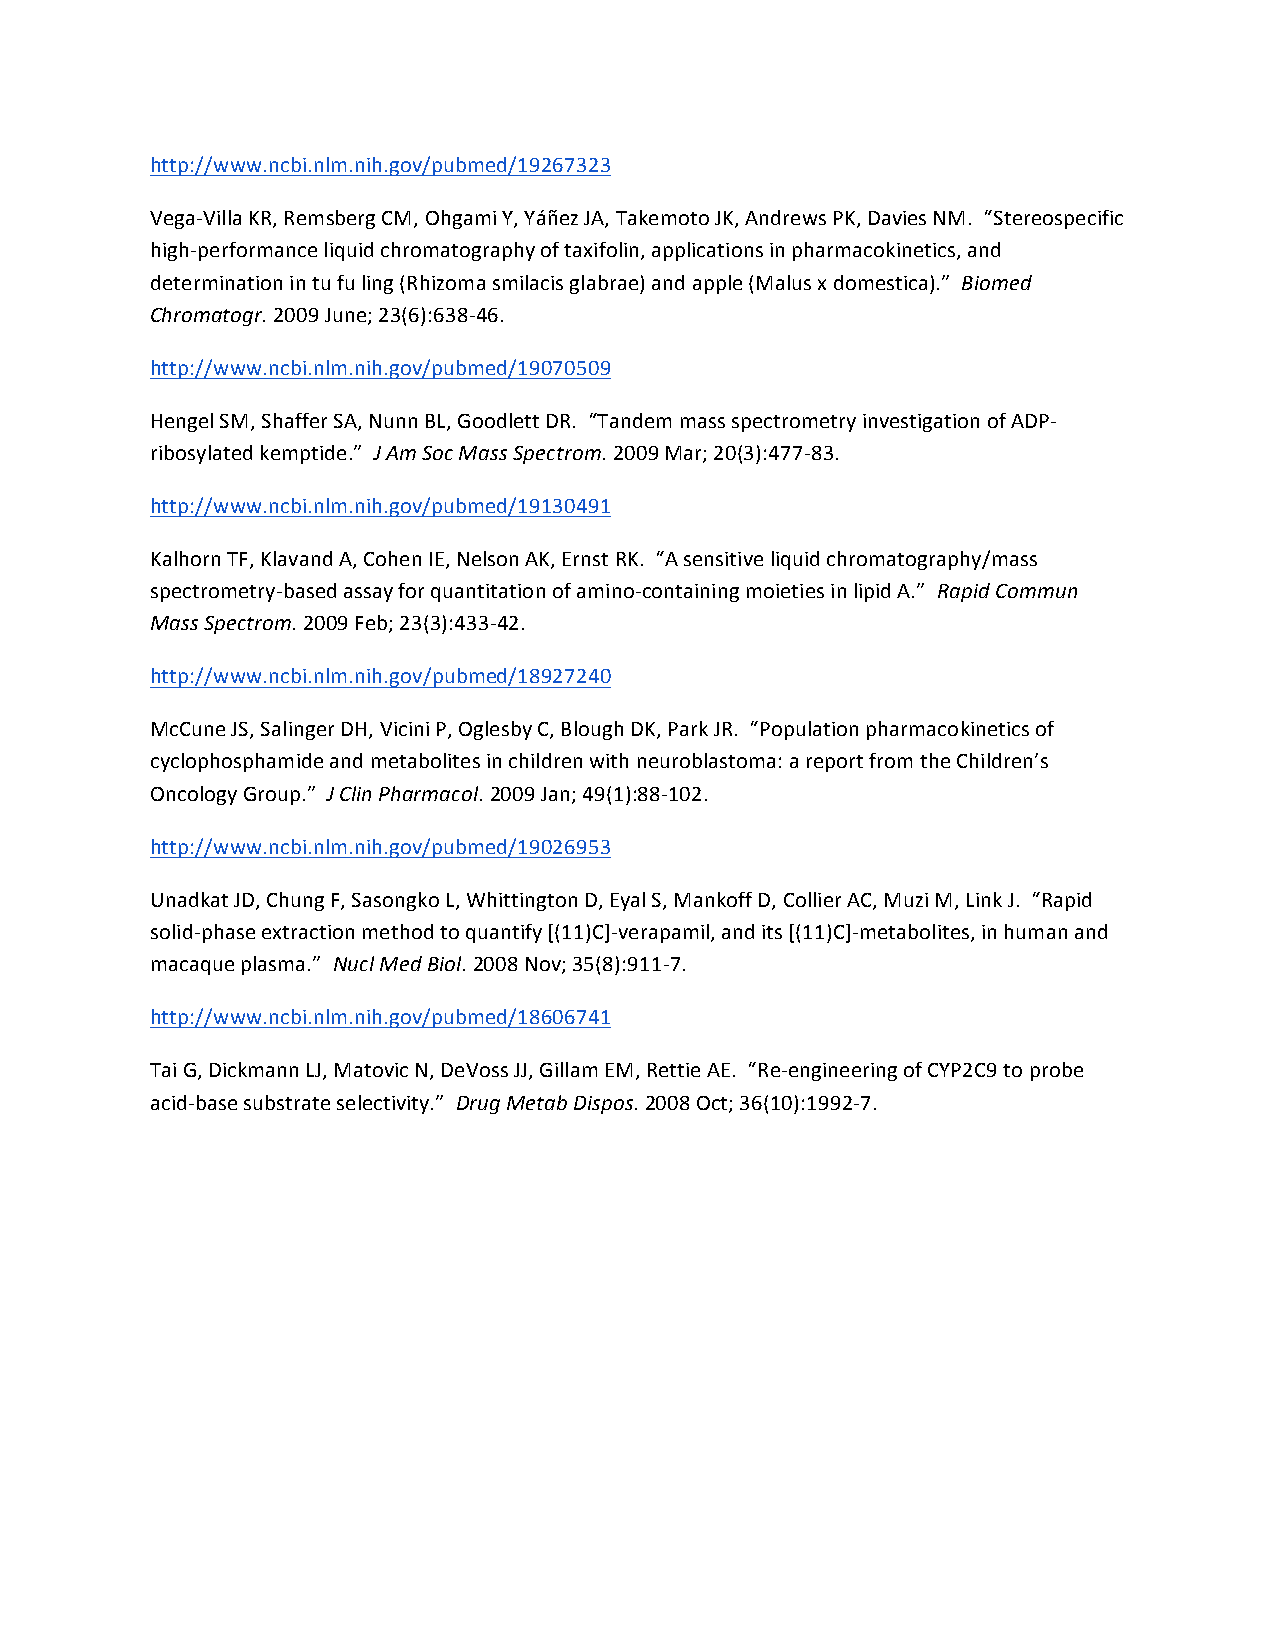
http://www.ncbi.nlm.nih.gov/pubmed/19267323
 Vega-­‐Villa KR, Remsberg CM, Ohgami Y, Yáñez JA, Takemoto JK, Andrews PK, Davies NM. “Stereospecific
 high-­‐performance liquid chromatography of taxifolin, applications in pharmacokinetics, and
 determination in tu fu ling (Rhizoma smilacis glabrae) and apple (Malus x domestica).” Biomed
 Chromatogr. 2009 June; 23(6):638-­‐46.
 http://www.ncbi.nlm.nih.gov/pubmed/19070509
 Hengel SM, Shaffer SA, Nunn BL, Goodlett DR. “Tandem mass spectrometry investigation of ADP-­‐
 ribosylated kemptide.” J Am Soc Mass Spectrom. 2009 Mar; 20(3):477-­‐83.
 http://www.ncbi.nlm.nih.gov/pubmed/19130491
 Kalhorn TF, Klavand A, Cohen IE, Nelson AK, Ernst RK. “A sensitive liquid chromatography/mass
 spectrometry-­‐based assay for quantitation of amino-­‐containing moieties in lipid A.” Rapid Commun
 Mass Spectrom. 2009 Feb; 23(3):433-­‐42.
 http://www.ncbi.nlm.nih.gov/pubmed/18927240
 McCune JS, Salinger DH, Vicini P, Oglesby C, Blough DK, Park JR. “Population pharmacokinetics of
 cyclophosphamide and metabolites in children with neuroblastoma: a report from the Children’s
 Oncology Group.” J Clin Pharmacol. 2009 Jan; 49(1):88-­‐102.
 http://www.ncbi.nlm.nih.gov/pubmed/19026953
 Unadkat JD, Chung F, Sasongko L, Whittington D, Eyal S, Mankoff D, Collier AC, Muzi M, Link J. “Rapid
 solid-­‐phase extraction method to quantify [(11)C]-­‐verapamil, and its [(11)C]-­‐metabolites, in human and
 macaque plasma.” Nucl Med Biol. 2008 Nov; 35(8):911-­‐7.
 http://www.ncbi.nlm.nih.gov/pubmed/18606741
 Tai G, Dickmann LJ, Matovic N, DeVoss JJ, Gillam EM, Rettie AE. “Re-­‐engineering of CYP2C9 to probe
 acid-­‐base substrate selectivity.” Drug Metab Dispos. 2008 Oct; 36(10):1992-­‐7.